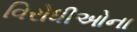
વિરોધીઓના